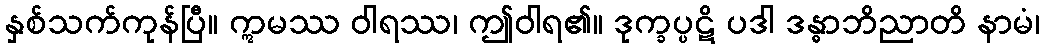
နှစ်သက်ကုန်ပြီ။ ဣမဿ ဝါရဿ၊ ဤဝါရ၏။ ဒုက္ခပ္ပဋိ ပဒါ ဒန္ဓာဘိညာတိ နာမံ၊